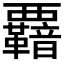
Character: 𮗋